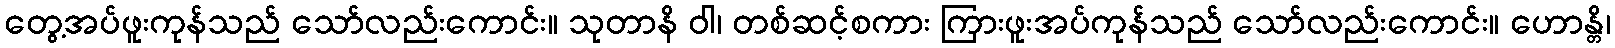
တွေ့အပ်ဖူးကုန်သည် သော်လည်းကောင်း။ သုတာနိ ဝါ၊ တစ်ဆင့်စကား ကြားဖူးအပ်ကုန်သည် သော်လည်းကောင်း။ ဟောန္တိ၊